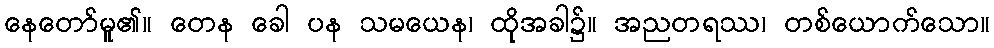
နေတော်မူ၏။ တေန ခေါ ပန သမယေန၊ ထိုအခါ၌။ အညတရဿ၊ တစ်ယောက်သော။